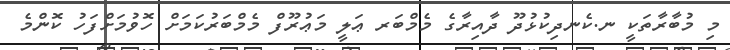
މި މުބާރާތަކީ ނ.ކެނދިކުޅުދޫ ދާއިރާގެ މެމްބަރ ޢަލީ މަޢުރޫފް މެމްބަރުކަމަށް ހޮވުމަށްފަހު ކޮންމެ